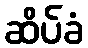
ဆိပ်ခံ